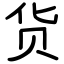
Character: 货